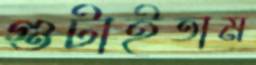
গুটাইতাম